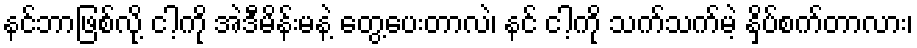
နင်ဘာဖြစ်လို့ ငါ့ကို အဲဒီမိန်းမနဲ့ တွေ့ပေးတာလဲ၊ နင် ငါ့ကို သက်သက်မဲ့ နှိပ်စက်တာလား၊